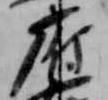
府